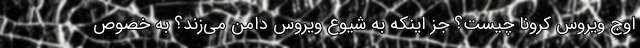
اوج ویروس کرونا چیست؟ جز اینکه به شیوع ویروس دامن می‌زند؟ به خصوص